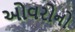
ઓવરોનો